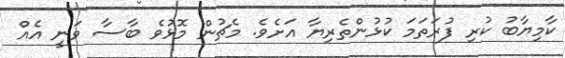
ކާމިޔާބު ކުރި ފުރަތަމަ ކުޅުންތެރިޔާ އަށެވެ. މެޗުން މޮޅުވެ ބާސާ ވަނީ އެއް